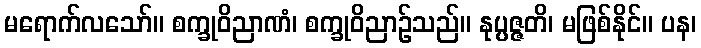
မရောက်လသော်။ စက္ခုဝိညာဏံ၊ စက္ခုဝိညာဉ်သည်။ နုပ္ပဇ္ဇတိ၊ မဖြစ်နိုင်။ ပန၊